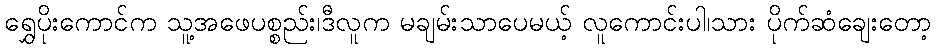
ရွှေပိုးကောင်က သူ့အဖေပစ္စည်း၊ဒီလူက မချမ်းသာပေမယ့် လူကောင်းပါ၊သား ပိုက်ဆံချေးတော့